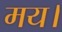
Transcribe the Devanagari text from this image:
मय।